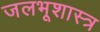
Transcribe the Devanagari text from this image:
जलभूशास्त्र